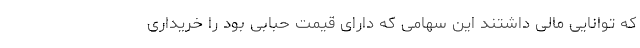
که توانایی مالی داشتند این سهامی که دارای قیمت حبابی بود را خریداری